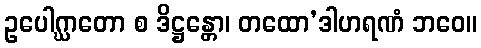
ဥပေါဂ္ဃာတော စ ဒိဋ္ဌန္တော၊ တထော’ဒါဟရဏံ ဘဝေ။